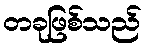
တခုဖြစ်သည်